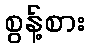
စွန့်စား